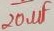
Text: 20µF